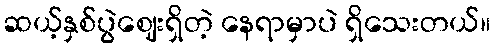
ဆယ့်နှစ်ပွဲဈေးရှိတဲ့ နေရာမှာပဲ ရှိသေးတယ်။